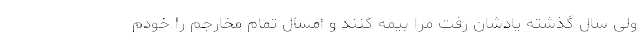
ولی سال گذشته یادشان رفت مرا بیمه کنند و امسال تمام مخارجم را خودم